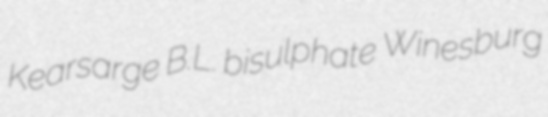
Kearsarge B.L. bisulphate Winesburg